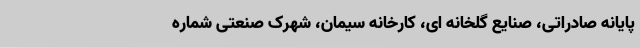
پایانه صادراتی، صنایع گلخانه ای، کارخانه‌ سیمان، شهرک صنعتی شماره